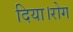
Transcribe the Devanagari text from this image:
दिया।रोग